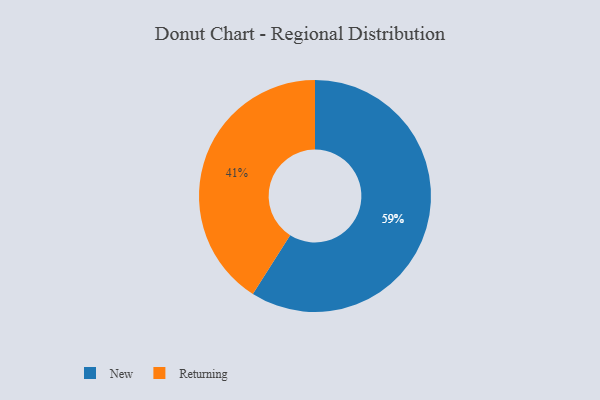
{"axis": {"x": "Category", "y": "Percentage"}, "legend": ["New", "Returning"], "data": [{"x": "Returning", "y": 41, "type": "Returning"}, {"x": "New", "y": 59, "type": "New"}]}